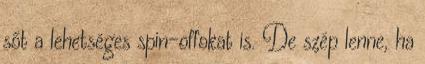
sőt a lehetséges spin-offokat is. De szép lenne, ha